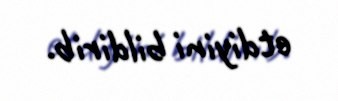
etdiyini bildirib.